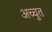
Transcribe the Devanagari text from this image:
अच्चुत